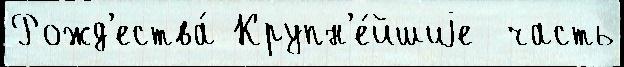
Рожд'ества́ Крупн'е́йшиjе  часть